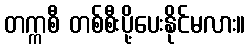
တက္ကစီ တစ်စီးပို့ပေးနိုင်မလား။